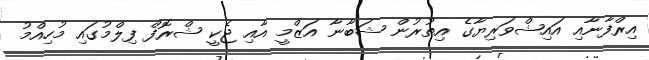
އިރްފާނާއި އައިޝްވަރިޔާގެ އިތުރުން ޝަބާނާ އަޒްމީ އާއި ޖެކީ ޝްރޮފް ފިލްމުގައި މުހިއްމު